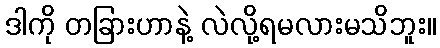
ဒါကို တခြားဟာနဲ့ လဲလို့ရမလားမသိဘူး။